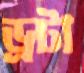
ড্রটা